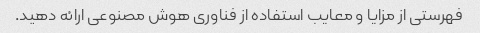
فهرستی از مزایا و معایب استفاده از فناوری هوش مصنوعی ارائه دهید.